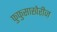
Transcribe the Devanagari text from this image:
फुफुसाखेरीज